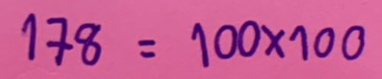
178 = 100 x 100